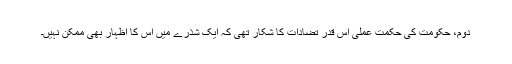
دوم، حکومت کی حکمت ِعملی اس قدر تضادات کا شکار تھی کہ ایک شذرے میں اس کا اظہار بھی ممکن نہیں۔